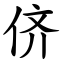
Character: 侪